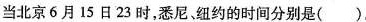
当北京6月15日23时，悉尼，纽约的时间分别是( )。